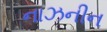
નાઝનીન